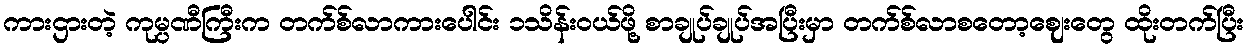
ကားဌားတဲ့ ကုမ္ပဏီကြီးက တက်စ်လာကားပေါင်း ၁သိန်းဝယ်ဖို့ စာချုပ်ချုပ်အပြီးမှာ တက်စ်လာစတော့ဈေးတွေ ထိုးတက်ပြီး